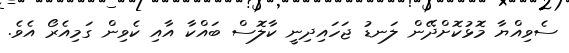
ސެވިއްޔާ މޮޅުކޮށްދޭން ލަނޑު ޖަހައިދިނީ ކާލޮސް ބައްކާ އާއި ކެވިން ގަމިއެރޯ އެވެ.